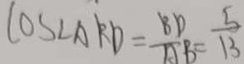
\cos \angle A R D = \frac { B D } { A B } = \frac { 5 } { 1 3 }